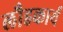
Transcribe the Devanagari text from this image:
लौहकार्य